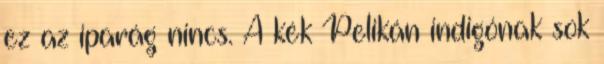
ez az iparág nincs. A kék Pelikán indigónak sok